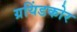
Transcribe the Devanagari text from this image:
ग्रयिंडकोर